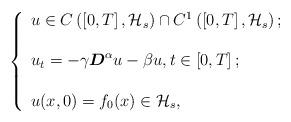
LaTeX: \begin{align*}\left\{\begin{array}[c]{l}u\in C\left( \left[ 0,T\right] ,\mathcal{H}_{s}\right) \cap C^{1}\left(\left[ 0,T\right] ,\mathcal{H}_{s}\right) ;\\\\u_{t}=-\gamma\boldsymbol{D}^{\alpha}u-\beta u,t\in\left[ 0,T\right];\\\\u(x,0)=f_{0}(x)\in\mathcal{H}_{s},\end{array}\right. \end{align*}